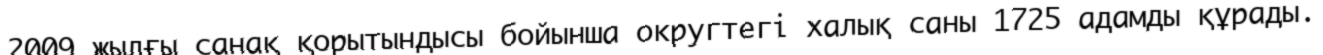
2009 жылғы санақ қорытындысы бойынша округтегі халық саны 1725 адамды құрады.